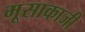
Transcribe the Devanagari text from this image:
मूसाकाजी